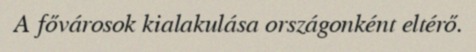
A fővárosok kialakulása országonként eltérő.